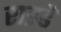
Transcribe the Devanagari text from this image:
राइडें